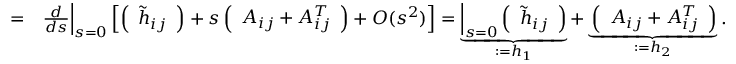
\begin{array} { r l r } & { = } & { \frac { d } { d s } \Big | _ { s = 0 } \left[ \left( \begin{array} { l } { \widetilde h _ { i j } } \end{array} \right) + s \left( \begin{array} { l } { A _ { i j } + A _ { i j } ^ { T } } \end{array} \right) + O ( s ^ { 2 } ) \right] = \underbrace { \d { s } \Big | _ { s = 0 } \left( \begin{array} { l } { \widetilde h _ { i j } } \end{array} \right) } _ { : = h _ { 1 } } + \underbrace { \left( \begin{array} { l } { A _ { i j } + A _ { i j } ^ { T } } \end{array} \right) } _ { : = h _ { 2 } } . } \end{array}